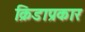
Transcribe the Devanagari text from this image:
क्रिडाप्रकार